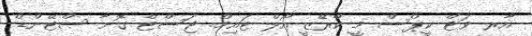
އާރ ވަޓް ކީޕްސް މީ ކްރޭޒީ އޯލް ޓައިމް. ޖަސްޓް ގޮނާ ސްޓޭންޑް